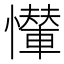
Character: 𢤠